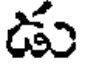
డు